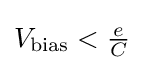
V_{\text{bias}}<{\tfrac {e}{C}}